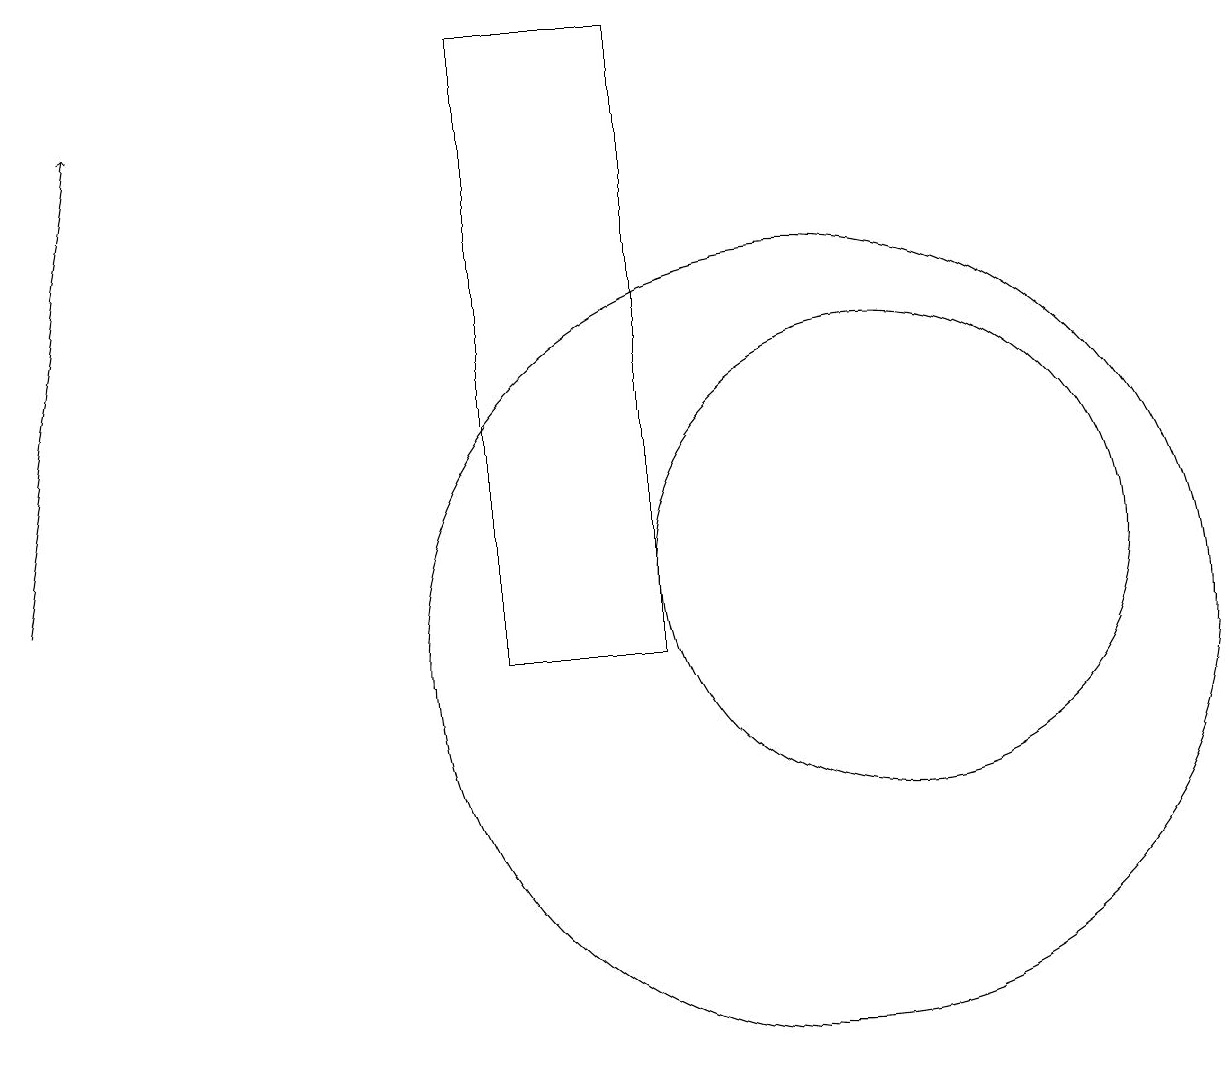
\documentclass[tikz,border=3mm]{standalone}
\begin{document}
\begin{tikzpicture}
\draw[->] (0,12) -- (1,18);
\draw (10,11) circle (5);
\draw (11,12) circle (3);
\draw (6,19) rectangle (8,11);
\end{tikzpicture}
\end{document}